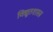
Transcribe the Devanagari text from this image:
विद्यूतशास्त्र